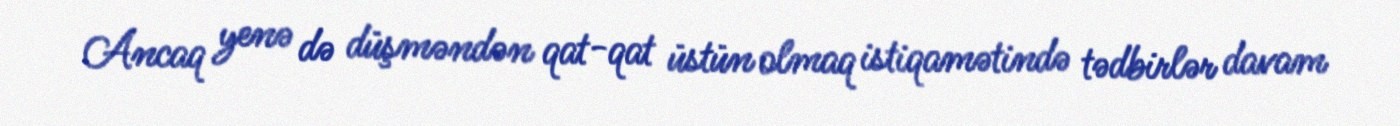
Ancaq yenə də düşməndən qat-qat üstün olmaq istiqamətində tədbirlər davam